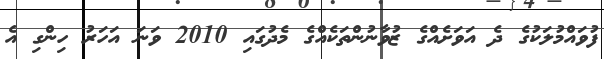
ފުވައްމުލަކުގެ ދެ އަވަށެއްގެ ޒުވާނުންތަކެއްގެ މެދުގައި 2010 ވަނަ އަހަރު ހިންގި އެ